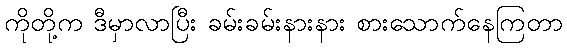
ကိုတို့က ဒီမှာလာပြီး ခမ်းခမ်းနားနား စားသောက်နေကြတာ